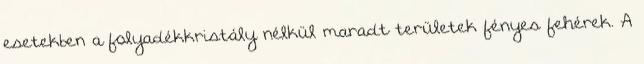
esetekben a folyadékkristály nélkül maradt területek fényes fehérek. A